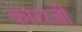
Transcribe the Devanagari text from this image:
काराजी